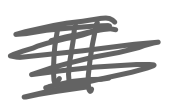
Text: III
Cross-out: scratch
Writing tool: digital_gray